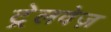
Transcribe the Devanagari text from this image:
ट्रेलवेज़